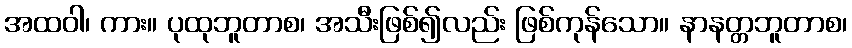
အထဝါ၊ ကား။ ပုထုဘူတာစ၊ အသီးဖြစ်၍လည်း ဖြစ်ကုန်သော။ နာနတ္တဘူတာစ၊